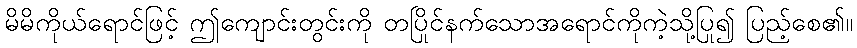
မိမိကိုယ်ရောင်ဖြင့် ဤကျောင်းတွင်းကို တပြိုင်နက်သောအရောင်ကိုကဲ့သို့ပြု၍ ပြည့်စေ၏။